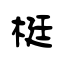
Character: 梃